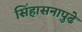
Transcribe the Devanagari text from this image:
सिंहासनापुढे